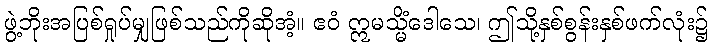
ဖွဲ့ဘိုးအပြစ်ရှုပ်မျှဖြစ်သည်ကိုဆိုအံ့။ ဧဝံ ဣမသ္မိံဒေါသေ၊ ဤသို့နှစ်စွန်းနှစ်ဖက်လုံး၌